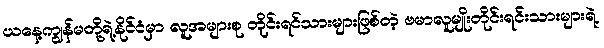
ယနေ့ကျွန်မတို့ရဲ့နိုင်ငံမှာ လူအများစု တိုင်းရင်သားများဖြစ်တဲ့ ဗမာလူမျိုးတိုင်းရင်းသားများရဲ့